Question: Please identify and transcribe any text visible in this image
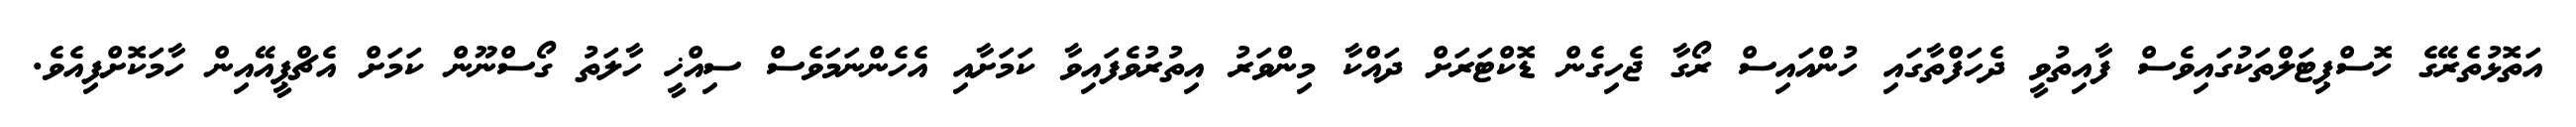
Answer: އަތޮޅުތެރޭގެ ހޮސްޕިޓަލްތަކުގައިވެސް ފާއިތުވީ ދެހަފްތާގައި ހުންއައިސް ރޯގާ ޖެހިގެން ޑޮކްޓަރަށް ދައްކާ މިންވަރު އިތުރުވެފައިވާ ކަމަށާއި އެހެންނަމަވެސް ސިއްޚީ ހާލަތު ގޯސްނޫން ކަމަށް އެޗްޕީއޭއިން ހާމަކޮށްފިއެވެ.